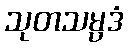
သုတသမ္ပဒံ